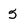
Character: 5